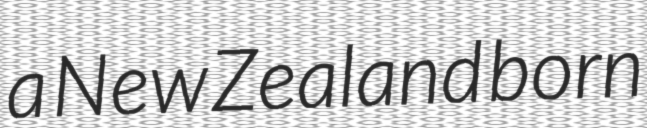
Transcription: a New Zealand born